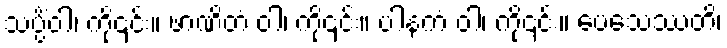
သပ္ပိံဝါ၊ ကို၎င်း။ ဖာဏိတံ ဝါ၊ ကို၎င်း။ ပါနကံ ဝါ၊ ကို၎င်း။ ပေသေဿတိ၊